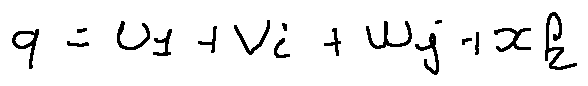
q = u 1 + v i + w j + x k